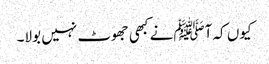
کیوں کہ آﷺنے کبھی جھوٹ نہیں بولا۔